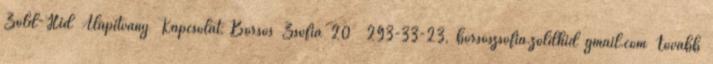
Zöld-Híd Alapítvány Kapcsolat: Borsós Zsófia 20 293-33-23, borsoszsofia.zoldhid gmail.com Tovább